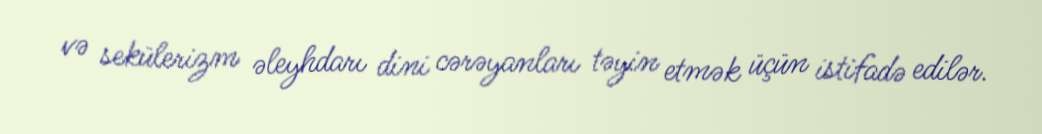
və sekülerizm əleyhdarı dini cərəyanları təyin etmək üçün istifadə edilər.